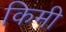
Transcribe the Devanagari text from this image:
किमी